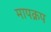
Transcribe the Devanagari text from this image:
मापक्रप